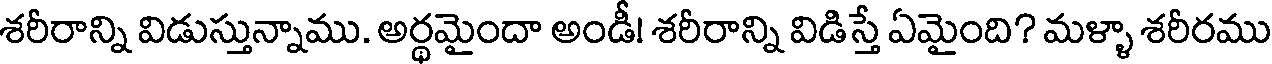
శరీరాన్ని విడుస్తున్నాము. అర్థమైందా అండీ! శరీరాన్ని విడిస్తే ఏమైంది? మళ్ళా శరీరము